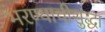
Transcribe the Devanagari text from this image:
भरण्याचीसुद्धा